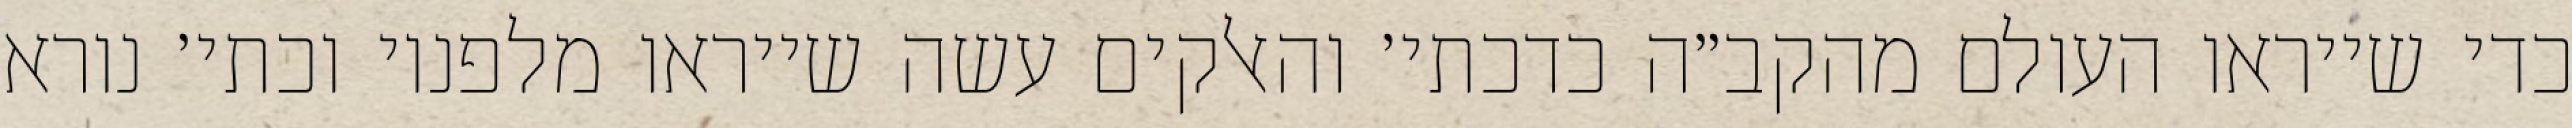
כדי שייראו העולם מהקב״ה כדכתי׳ והאלקים עשה שייראו מלפניו וכתי׳ נורא